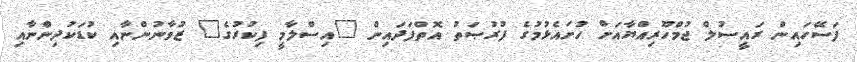
ފަސޭހައިން ރައީސުލް ޖުމްހޫރިއްޔާއަށް ހުށައެޅުމުގެ ފުރުޞަތު އޮތްފަދައިން "އިސްލާމީ ފިކުރުގެ" ޒުވާނުންނާއި ކުޑަކުދިންނާއި